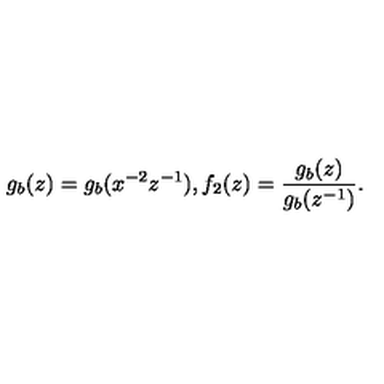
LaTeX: g _ { b } ( z ) = g _ { b } ( x ^ { - 2 } z ^ { - 1 } ) , f _ { 2 } ( z ) = \frac { g _ { b } ( z ) } { g _ { b } ( z ^ { - 1 } ) } .